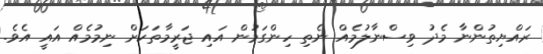
ރައްޔިތުންނާ މެދު ވިސްނާލުމެއް ނެތި ހިންގަމުން އައި ޖަރީމާތަކަށް ނިމުމެއް އައީ އެވެ.